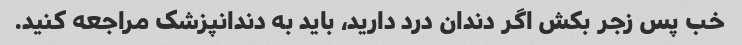
خب پس زجر بکش اگر دندان درد دارید، باید به دندانپزشک مراجعه کنید.